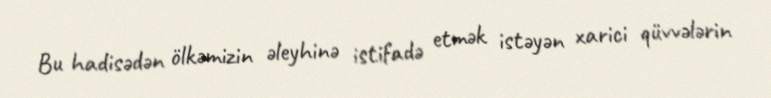
Bu hadisədən ölkəmizin əleyhinə istifadə etmək istəyən xarici qüvvələrin